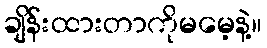
ချိန်းထားတာကိုမမေ့နဲ့။